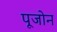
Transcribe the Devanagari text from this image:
पूजोन